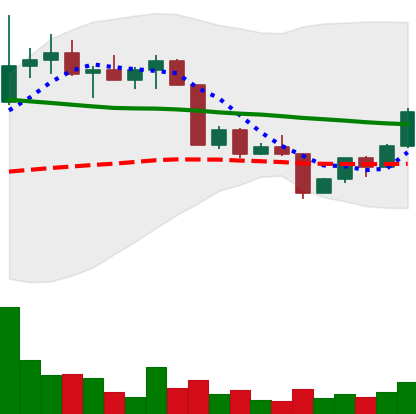
Ticker: EOS-USD
Chart end date: 2022-04-16
Forward return: -3.902%
Label: down_3_5